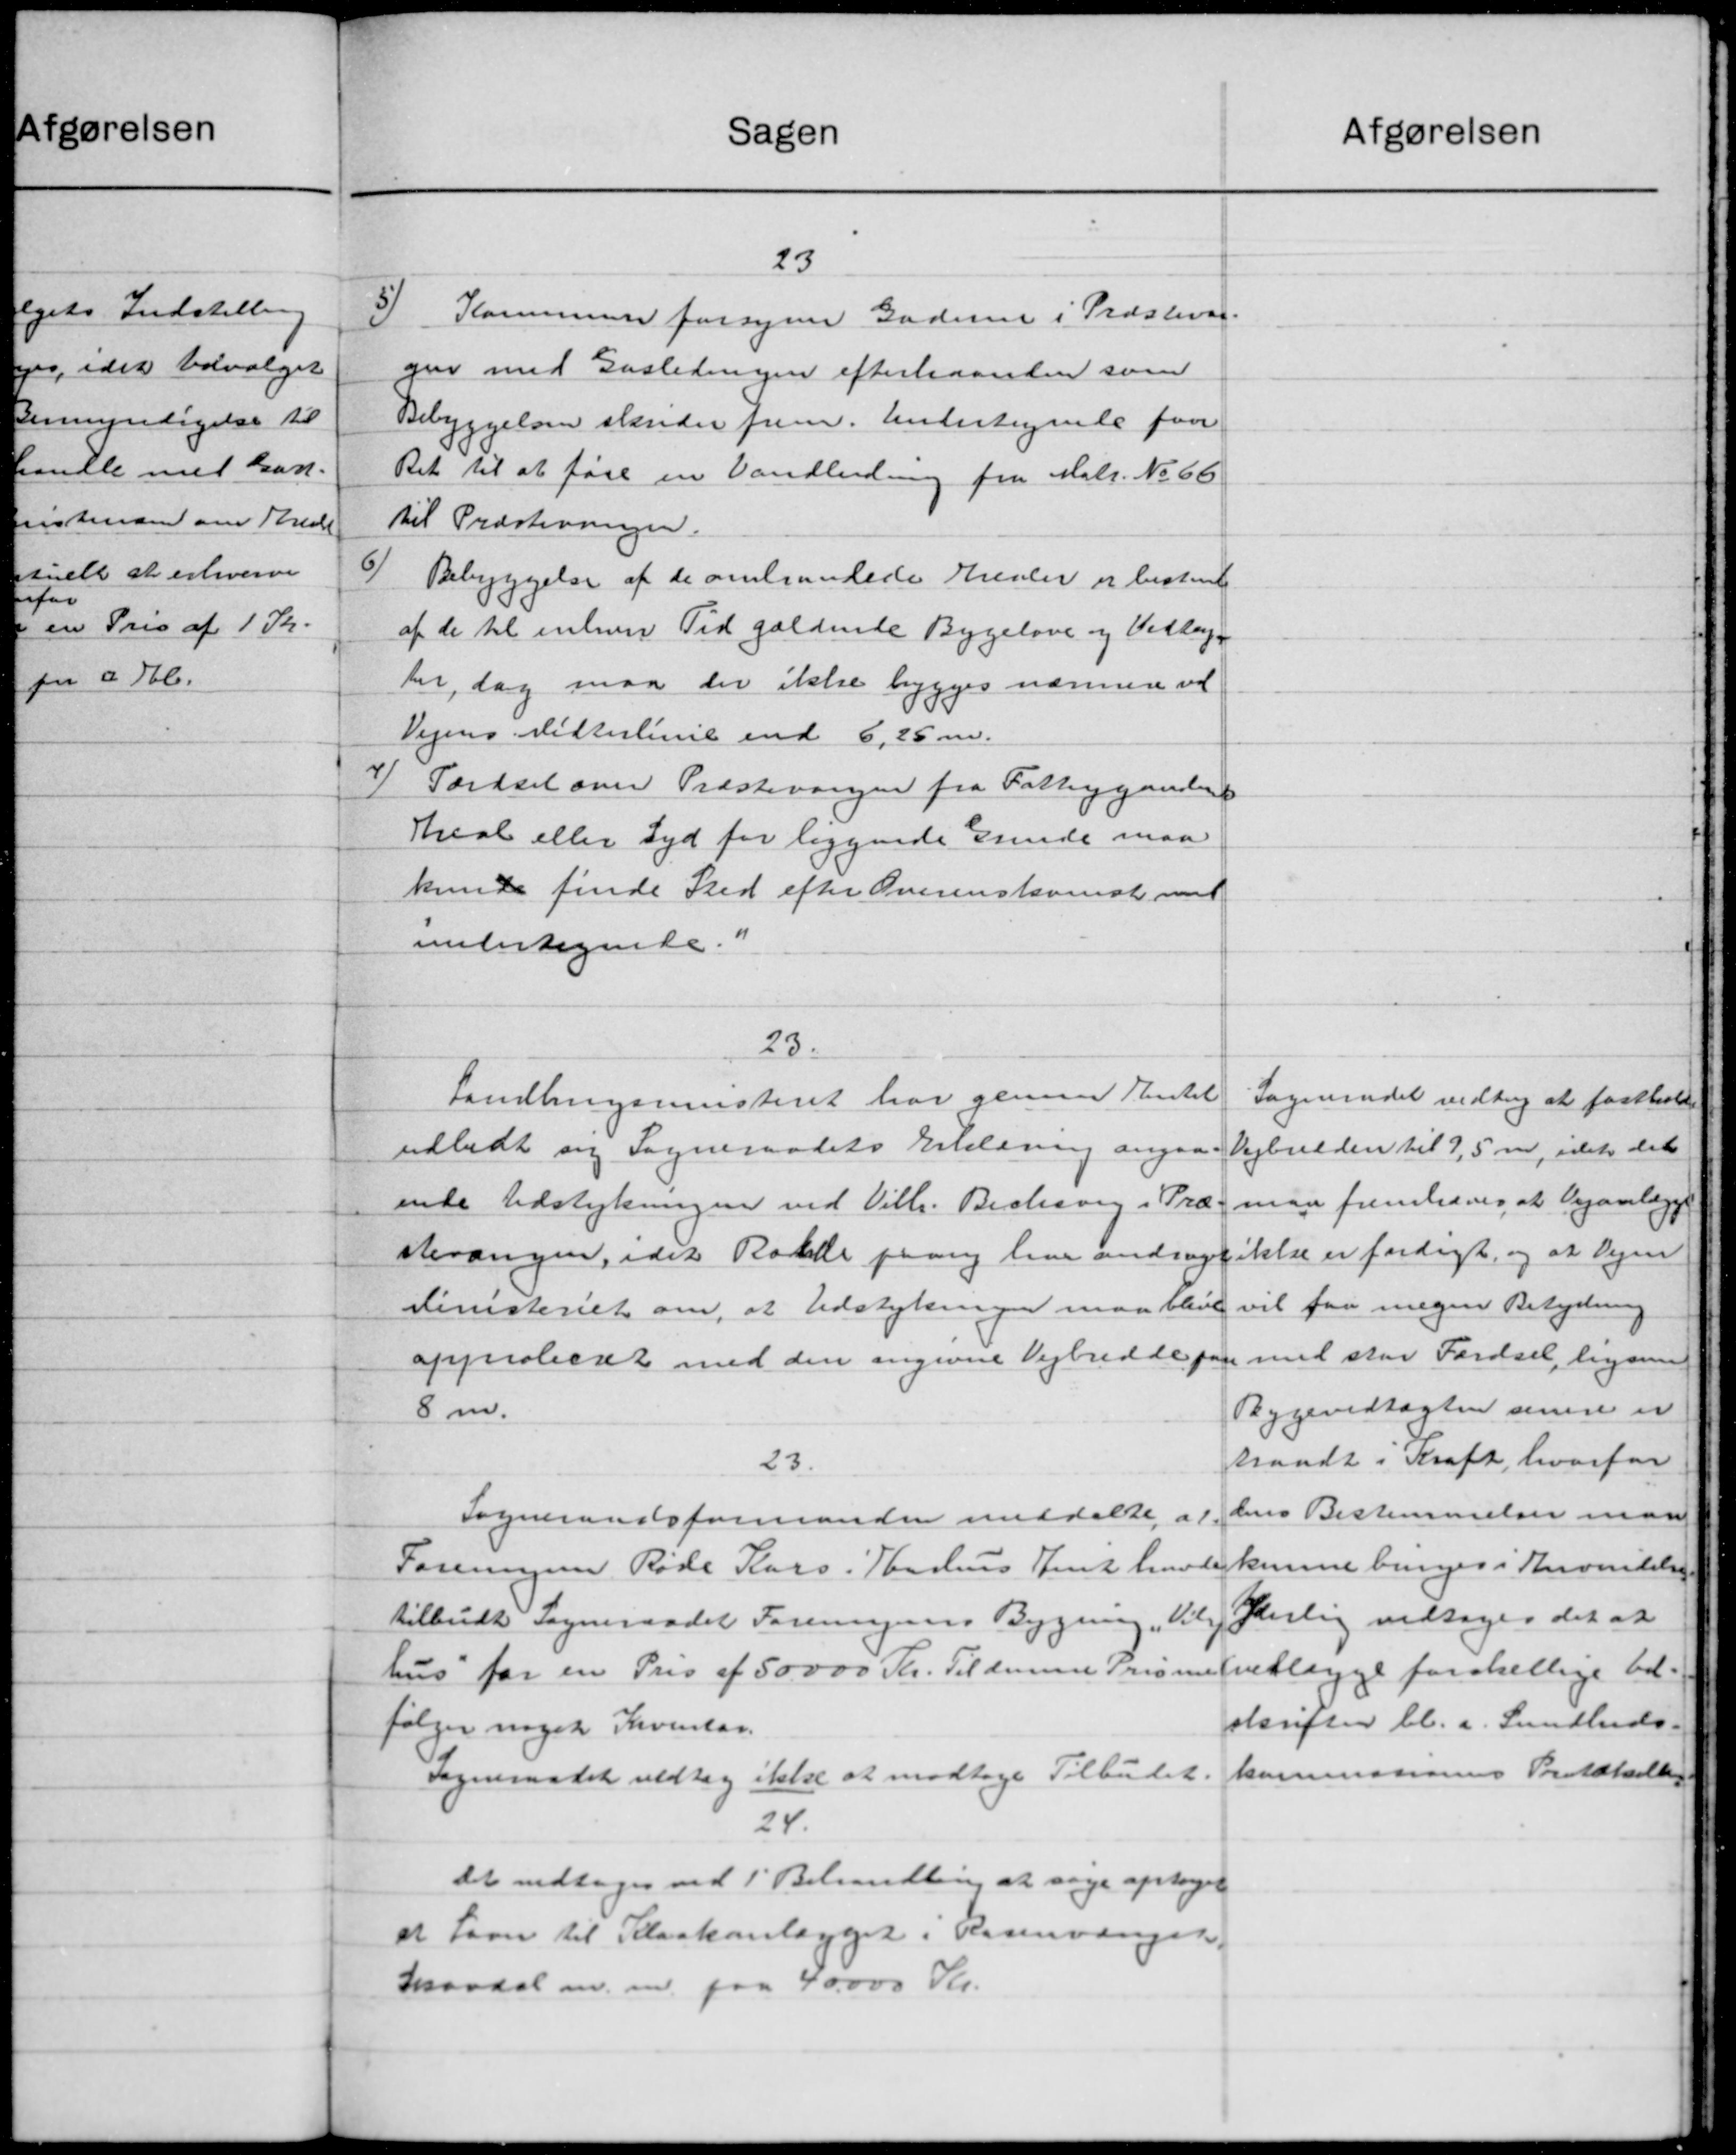
Transskription:
Afgørelsen
Sagen
23
5) Kommunen forsyner Gadene i Præstevar.
gen med Gasledningen efterhaanden som
Bebyggelsen skander frem. Andertegnede faar
Ret til at føre en Vandledning fra Matr. No 66
til Præstevene.
Bebyggelse af de omhandede Krester er bestem
af de til enhver Tid gældende Bygelove og Vedtog
her, dog maa der ikke bygges nærmere ve
Vejens Midterlinie end 6,25 m.
Færdsel over Præstevangen fra Fattiggaarden
Areal eller Syd for liggende Erinde maa
kunde finde Sted efter Overenskomst med
undertegnede a
23.
Sogneraadet vedtog at fastholde
Landbrugsministeriet har gennem Rentet
Vejbudden til 9,5 m, idet det
udbedt sig Sogneraadets Erklæring angaa-
man fremhæves, at Vejanlægge
ende Udstykningen ved Vilh. Bechesvig i Præ-
stevangen, idet Rotte paany have andrager ikke er fordigt, og at Vejen
vil faa megen Betydning
ministeriet om, at Udstykningen maa blive
med stor Færdsel, ligne
approberet med den angivne Vejbredde paa
Bygevedtægten senere er
8 m.
traadt i Kraft, hvorfor
23.
dens Bestemmelser man
Sogneraadsformanden meddelte at
Foreningen Røde Kars. Tarius Jens huoligkunne bringes i Anvendelse
Gerlig vedtoges det at
tilbudt Sogneraadet Foreningens Bygning, Vil
hus for en Pris af 50.000 Kr. Til denne Prisme vedlægge forskellige be-
skrifter bl.a. Sundheds-
følger noget Inventar.
kommisionens Portaksellig
Sogneraadet vedtog ikke at modtage Tilbudet.
24.
det vedtages ved 1' Behandling at søge optaget
at Laan til Kloakanlægget i Rosenvængen,
Havdal m. m. paa 40.000 Kr.